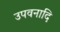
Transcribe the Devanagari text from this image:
उपवनादि